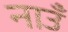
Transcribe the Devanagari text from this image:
नाउँ